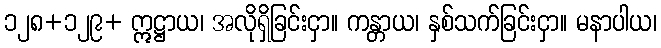
၁၂၈+၁၂၉+ ဣဋ္ဌာယ၊ အလိုရှိခြင်းငှာ။ ကန္တာယ၊ နှစ်သက်ခြင်းငှာ။ မနာပါယ၊